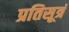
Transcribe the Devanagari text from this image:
प्रतिसूत्रं